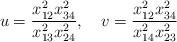
LaTeX: \begin{align*}u = \frac{x_{12}^2 x_{34}^2}{x_{13}^2 x_{24}^2}, \quad v = \frac{x_{12}^2 x_{34}^2}{x_{14}^2 x_{23}^2}\end{align*}